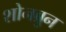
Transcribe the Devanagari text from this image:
शोनब्रुन